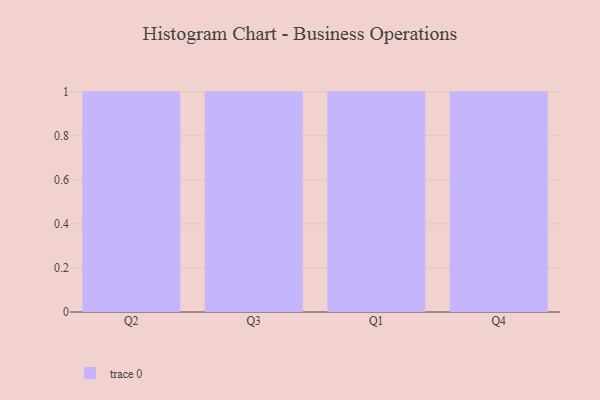
{"axis": {"x": "Quarter", "y": "Temperature (°C)"}, "legend": [""], "data": [{"x": "Q2", "y": 3, "type": ""}, {"x": "Q3", "y": 84, "type": ""}, {"x": "Q1", "y": 66, "type": ""}, {"x": "Q4", "y": 55, "type": ""}]}